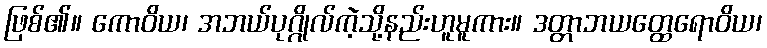
ဖြစ်၏။ ကောဝိယ၊ အဘယ်ပုဂ္ဂိုလ်ကဲ့သို့နည်းဟူမူကား။ ဒတ္တာဘယတ္ထေရောဝိယ၊